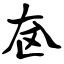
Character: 奁